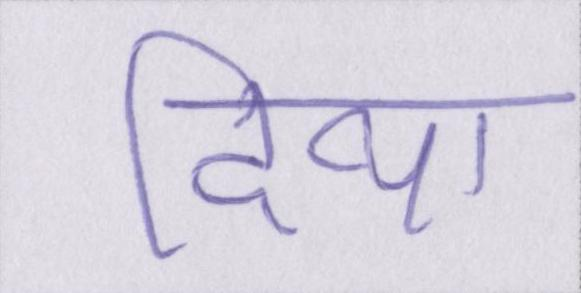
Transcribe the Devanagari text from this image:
दिया